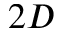
2 D